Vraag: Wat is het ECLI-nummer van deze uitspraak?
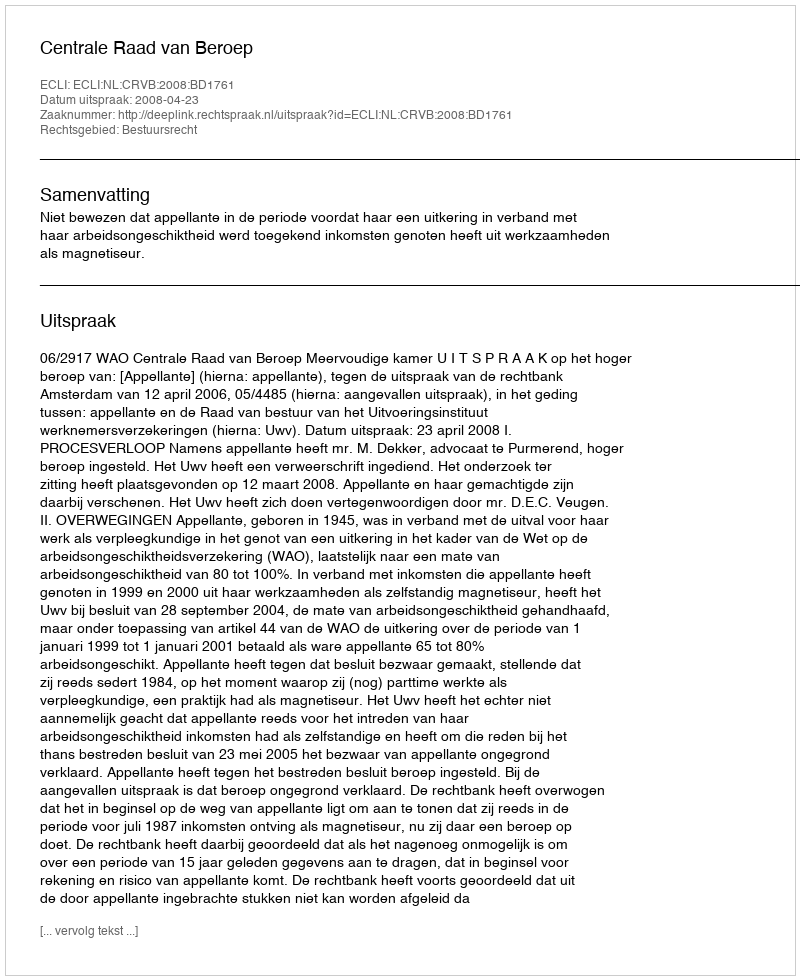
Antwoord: ECLI:NL:CRVB:2008:BD1761